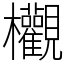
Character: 欟